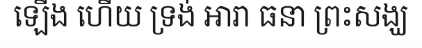
ឡើង ហើយ ទ្រង់ អារា ធនា ព្រះសង្ឃ